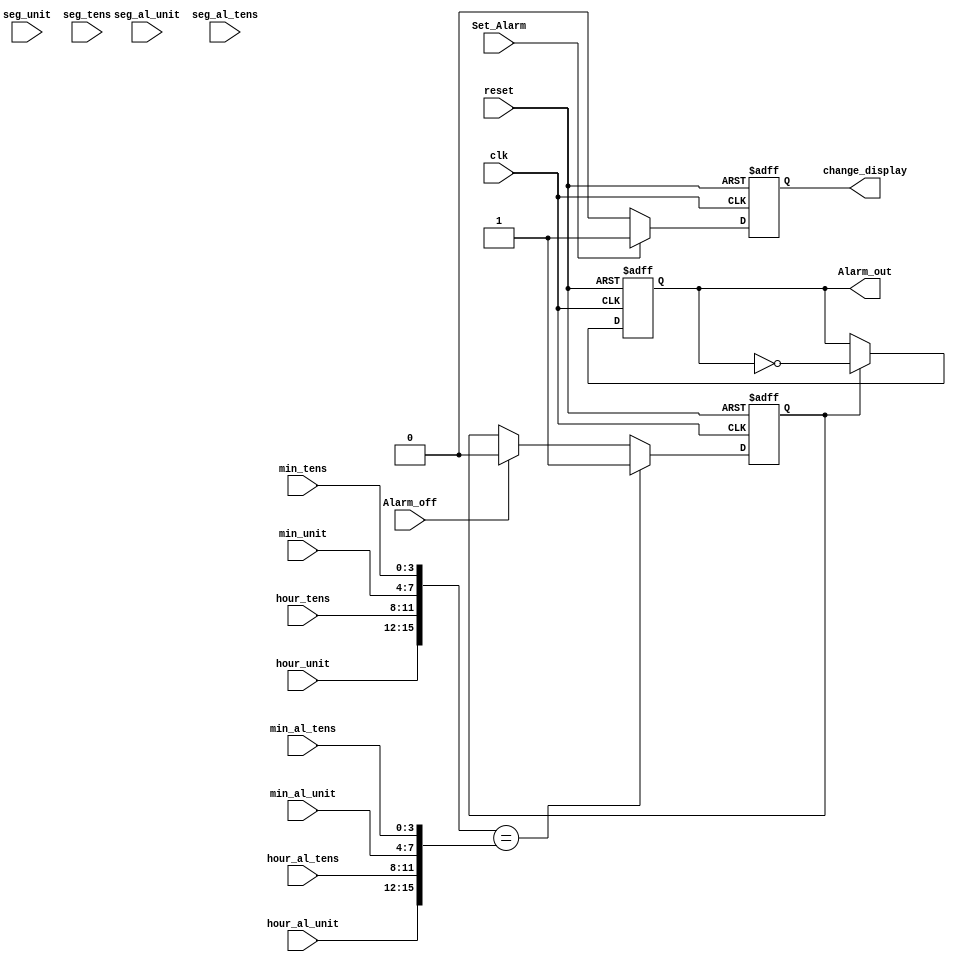
module Control
(
	input clk,
	input reset,
	input Alarm_off,
	input Set_Alarm,
	
	input [3:0]hour_unit,
	input [3:0]min_unit,
	input [3:0]seg_unit,
	input [3:0]hour_tens,
	input [3:0]min_tens,
	input [3:0]seg_tens,
	
	input [3:0]hour_al_unit,
	input [3:0]min_al_unit,
	input [3:0]seg_al_unit,
	input [3:0]hour_al_tens,
	input [3:0]min_al_tens,
	input [3:0]seg_al_tens,

	output Alarm_out,
	output change_display
	
	
);

wire [24 : 0]time_actual = {hour_unit, hour_tens, min_unit, min_tens};
wire [24 : 0]time_alarm = {hour_al_unit, hour_al_tens, min_al_unit, min_al_tens};
wire a_wire;
reg a_reg;
reg change_display_reg;
assign a_wire = a_reg;


reg alarm_out_reg = 0
;

always@(posedge clk or negedge reset)begin
	if(reset == 0)
		a_reg <= 0;
	else 
		if(time_actual == time_alarm)
			a_reg <= 1;	
		else
			if(Alarm_off == 1)
				a_reg <= 0;
end

always@(posedge clk or negedge reset)begin
	if(reset == 0)
		alarm_out_reg <= 0;
	else 
		if(a_wire == 1)
			alarm_out_reg <= !alarm_out_reg;	
end

always@(posedge clk or negedge reset)begin
	if(reset == 0)
		change_display_reg <= 0;
	else 
		if(Set_Alarm == 1)
			change_display_reg <= 1;
		else
			change_display_reg <= 0;
end


assign Alarm_out = alarm_out_reg;
assign change_display = change_display_reg;

endmodule